Vital statistics of India. Vol. VI, European troops 1870-79
Year: 1870
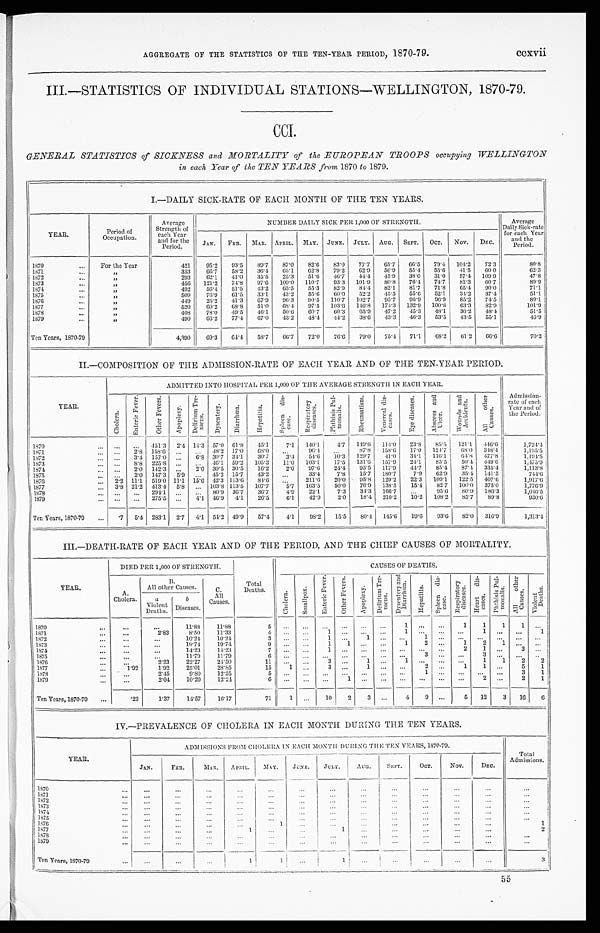
AGGREGATE OF THE STATISTICS OF THE TEN-YEAR PERIOD, 1870-79.
ccxvii
III.—STATISTICS OF INDIVIDUAL STATIONS—WELLINGTON, 1870-79.
CCI.
GENERAL STATISTICS of SICKNESS and MORTALITY of the EUROPEAN TROOPS occupying WELLINGTON
in. each Year of the TEN YEARS from 1870 to 1879.
I.—DAILY SICK-RATE OF EACH MONTH OF THE TEN YEARS.
YEAR.
Period of
Occupation.
Average
Strength of
each Year
and for the
Period.
NUMBER DAILY SICK PER 1,000 OF STRENGTH.
Average
Daily Sick-rate;
for each Year
and the
Period.
JAN.
FEB.
MAR. APRIL. MAY. JUNE. JULY. AUG.
SEPT.
OCT.
NOV.
DEC.
1870
For the Year
421
95.2
93.5
89.7
87.0
82.6
83.0
77.7
65.7
66.5
79.4
104.2
72.3
80.8
1871
"
353
66.7
58.2
36.4
65.1
62.8
79.2
62.9
56.9
55.4
55.6
41.5
60.0
6 2 . 3
1872
"
293
62.1
41.0
35.5
25.3
51.6
46.7
44.4
45.9
38.0
31.0
57.4
109.9
1873
"
456
121.2
74.8
97.6
109.0
110.7
93.3
101.9
80.8
76.4
74.7
81.3
60.7
89.9
1874
"
492
56.4
51.5
43.2
65.5
55.3
82.9
84.4
82.1
81.7
71.8
65.4
90.0
71.1
1875
"
509
76.9
61.5
33.1
43.2
55.6
60.0
52.2
45.5
55.6
52.1
34.2
37.4
51.1
1876
"
449
25.2
41.3
67.9
96.3
90.5
110.7
102.7
95.7
96.9
96.9
85.2
74.5
89.1
1877
"
520
69.2
68.8
51.0
68.4
97.5
103.6
146.8
174.3
132.9 100.8
63.3
82.9
101.9
1878
"
408
78.0
49.5
46.1
50.6
60.7
60.3
65.9
47.2
45.3
48.1
36.2
48.4
51.5
1879
"
490
66.2
77.4
67.0
43.2
48.4
44.2
38.6
43.3
46.3
5 3 . 5
43.5
55.1
46.9
Ten Years, 1870-79
4,390
69.3
61.4
58.7
60.7
72.0
76.6
79.0
75.4
71.1
68.2
61.2
66.6
70.2
II.—COMPOSITION OF THE ADMISSION-RATE OF EACH YEAR AND OF THE TEN-YEAR PERIOD.
YEAR
ADMITTED INTO HOSPITAL PER 1,000 OF THE AVERAGE STRENGTH IN EACH YEAR.
Admission-
rate of each
Year and of
the Period.
C h o l e r a .
E n t e r i c F e v e r .
O t h e r F e v e r s .
A p o p l e x y .
D e l i r i u m T r e -
m e n s .
D y s e n t e r y .
D i a r r h œ a .
H e p a t i t i s .
S p l e e n d i s -
c a s e .
R e s p i r a t o r y
d i s e a s e s .
P h t h i s i s P u l -
m o n a l i s .
R h e u m a t i s m .
V e n e r a l d i s -
c a s e s .
E y e d i s e a s e s .
A b s c e s s a n d
A c c i d e n t s .
A l l o t h e r
C a u s e s .
1870
. . .
. . .
451.3
2.4 14.3 57.0 61.8 45.1
7.1
140.1
4.7
149.6
114.0
23.8
85.5
121.1
446.6
1,724.4
1871
. . . 2.8 158.6
. . .
. . .
48.2 17.0
68.0
. . .
96. 4
. . .
87.8
158.6
1 7 . 0 124.7
68.0
348.4
1,195.5
1872
. . . 3.4 157.0
...
6.8 30.7 34.1
30.7
3 . 4
54.6
10.3
1 29.7
41.0
3 4 . 1 116.1
6 4 . 8
477.8
1,194.5
1873
. . . 8.8 225.8 ...
...
46.1 59.2
105.3
11.0
103.1
17.5
1 3 1 . 6 157.9
24.1
85.5
50.4 449.6
1,475,9
1874 ...
2.0 142.3 ...
2.0 30.5 30.5
16.2
2.0
97. 6
24.4
95.5
117.9
44.7
85.4
87.4 335.4
1,113.8
1875
...
2.0 147.3
5.9
...
45.2 15.7
43.2
. . .
33.4
7.8
15.7
180.7
7 . 9 62.9
35.4 141.5
744.6
1876
2 . 2 11.1 519.0 11.1 15.6 42.3 113.6
84.6
...
211.6
20.0
9 5 . 8 129.2
22.3
109.1
122.5
407.6
1,917.6
1877
3.8 21.2 413.4
5.8
... 103.8 113.5
107.7
5.7
163.5
50.0
76.9
138.5
15.4
82.7
100.0
375.0
1,776.9
1878
. . .
. . .
294.1
...
. . .
80.9 36.7
36.7
4.9
22.1
7.3
34.3
166.7
...
95.6
80.9
186.3
1,046.5
1879
...
...
275.5
. . .
4.1 46.9
4 . 1
26.5
6.1
42.9
2.0
18.4
210.2
10.2
108.2
85.7
89.8
930.6
Ten Years, 1870-79
. 7 5.4 283.1
2.7
4.1 54.2 49.9
57.4
4.1
98.2
15.5
80.4
145.6
19.6
93.6
8 2 . 0 316.9
1,313.4
III.—DEATH-RATE OF EACH YEAR AND OF THE PERIOD, AND THE CHIEF CAUSES OF MORTALITY.
Y E A R .
DIED PER 1,000 OF STRENGTH.
Total
Deaths.
CAUSES OF DEATHS.
A.
Cholera.
B.
All other Causes.
C.
All
Causes.
C h o l e r a .
S m a l l p o x .
E n t e r i c F e v e r .
O t h e r F e v e r s .
A p o p l e x y .
D e l i r i u m T r e -
m e n s .
D y s e n t e r y a n d
D i a r r h œ a .
H e p a t i t i s .
Spl een di s-
ease.
Respiratory
diseases.
Heart dis-
eases.
P h t h i s i s P u l -
m o n a l i s .
A l l o t h e r
C a u s e s .
Vi ol ent Deat hs.
a
Violent
Deaths.
b
Diseases .
1870
. . .
. . .
11.88
11.88
5
. . .
. . .
. . .
. . .
. . .
...
1
. . .
...
1
1
1
1
. . .
1871
. . .
2.83
8.50
11.33 4
. . .
. . .
1
. . .
. . .
...
1
. . . ...
. . .
1
. . .
. . .
1
1872
. . .
. . . 10.24
10.24 3
. . .
. . .
1
...
1 ...
. . .
1 ...
. . .
. . .
. . .
. . .
. . .
1873
. . .
...
19.74
19.74 9
. . .
. . .
1
1
. . . ...
1
2 ...
1
2
1
...
...
1874
. . .
. . .
1 4 . 2 3
14.23 7
. . .
. . .
1
. . .
. . .
...
. . .
. . .
...
2
1
. . .
3
. . .
1875
. . .
. . .
1 1 . 7 9
11.79 6
. . .
. . .
. . .
. . .
. . . ...
. . .
3 ...
. . .
3
. . .
. . .
. . .
1876
. . .
2.23
22.27
24.50 11
. . .
. . .
3
. . .
1
...
1
. . . ...
. . .
1
1
2
2
1877
1 . 9 2
1.92
25.01
28.85
1 5
1
. . .
3
...
1 ...
. . .
2 ...
1
1
. . .
5
1
1878
. . .
2.45
9.80
12.25
5 . . .
. . .
. . .
. . .
. . .
...
. . .
1 ...
. . .
. . .
. . .
3
1
1879
. . .
2.04
10.20
12.24
6 . . .
. . .
. . .
1
. . .
...
. . .
. . . ...
. . .
2
...
2
1
Ten Years, 1870-79
. 2 3
1.37
1 4 . 5 7
16.17
71
1
...
10
2
3
...
4
0
...
5
12
3
16
6
IV.—PREVALENCE OF CHOLERA IN EACH MONTH DURING THE TEN YEARS.
YEAR.
A D M I S S I O N S F R O M C H O L E R A I NE A C H M O N T H DU R I N G T H E T E N Y E A R S , 1 8 7 0 - 7 9 .
Total
Admissions.
JAN.
FEB.
M A R .
APRIL
MAY.
JUNE.
JULY.
AUG.
SEPT.
OCT.
NOV.
DEC.
1870
...
...
...
...
...
...
...
. . .
. . .
...
...
...
. . .
1871
...
. . .
. . .
. . .
. . .
. . .
. . .
...
...
. . .
. . .
1872
. . .
. . .
. . .
. . .
. . .
. . .
. . .
. . .
. . .
. . .
. . .
. . .
. . .
1873
. . .
. . .
. . .
. . .
. . .
. . .
. . .
. . .
. . .
. . .
. . .
. . .
. . .
1874
. . .
. . .
. . .
. . .
. . .
. . .
. . .
. . .
. . .
. . .
. . .
. . .
. . .
1875
. . .
. . .
. . .
. . .
. . .
. . .
. . .
. . .
. . .
. . .
. . .
...
. . .
1876
. . .
. . .
. . .
. . .
1
. . .
. . .
. . .
. . .
. . .
. . .
. . .
1
1877
...
. . .
. . .
1
. . .
. . .
1
. . .
. . .
. . .
. . .
. . .
2
1878
. . .
. . .
. . .
. . .
. . .
. . .
. . .
. . .
. . .
. . .
...
. . .
. . .
1 8 7 9
. . .
. . .
. . .
. . .
. . .
. . .
. . .
. . .
. . .
. . .
. . .
. . .
. . .
Ten Years, 1870-79
. . .
. . .
. . .
1
1
. . .
1
. . .
. . .
. . .
. . .
. . .
3